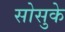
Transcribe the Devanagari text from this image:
सोसुके